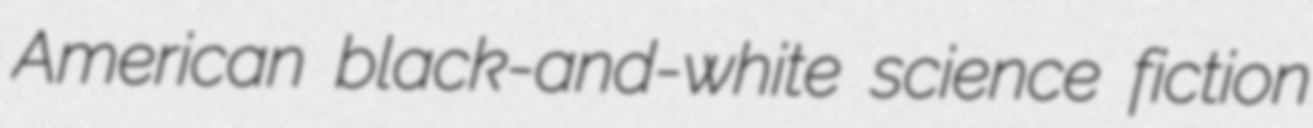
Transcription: American black-and-white science fiction